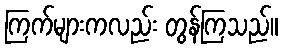
ကြက်များကလည်း တွန်ကြသည်။